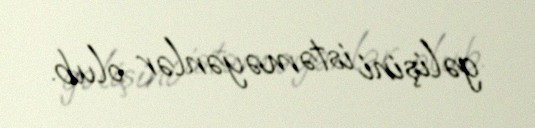
gəlişini istəməyənlər olub.